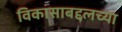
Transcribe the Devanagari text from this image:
विकासाबद्दलच्या